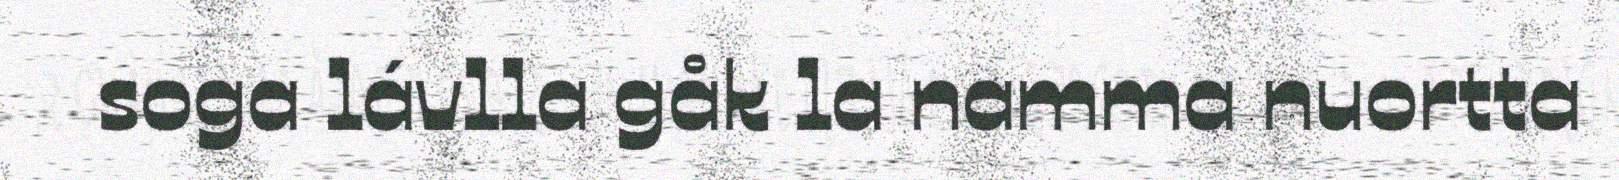
soga lávlla gåk la namma nuortta